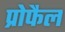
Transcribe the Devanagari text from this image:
प्रोफैल